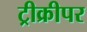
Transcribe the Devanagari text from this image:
ट्रीक्रीपर